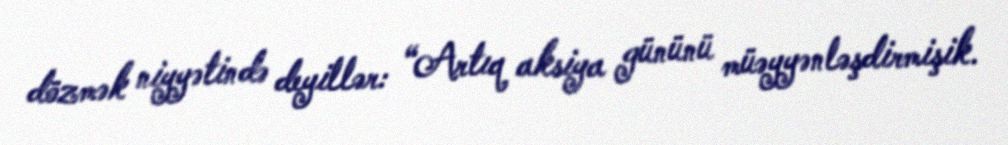
dözmək niyyətində deyillər: “Artıq aksiya gününü müəyyənləşdirmişik.